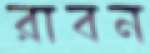
রাবন